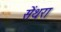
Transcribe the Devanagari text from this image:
सेंथरा